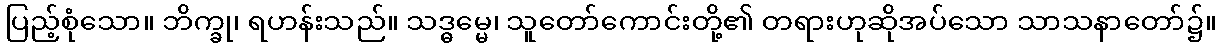
ပြည့်စုံသော။ ဘိက္ခု၊ ရဟန်းသည်။ သဒ္ဓမ္မေ၊ သူတော်ကောင်းတို့၏ တရားဟုဆိုအပ်သော သာသနာတော်၌။